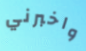
واخبرني